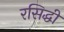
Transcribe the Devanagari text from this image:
रसिद्धी